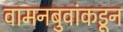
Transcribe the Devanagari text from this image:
वामनबुवांकडून